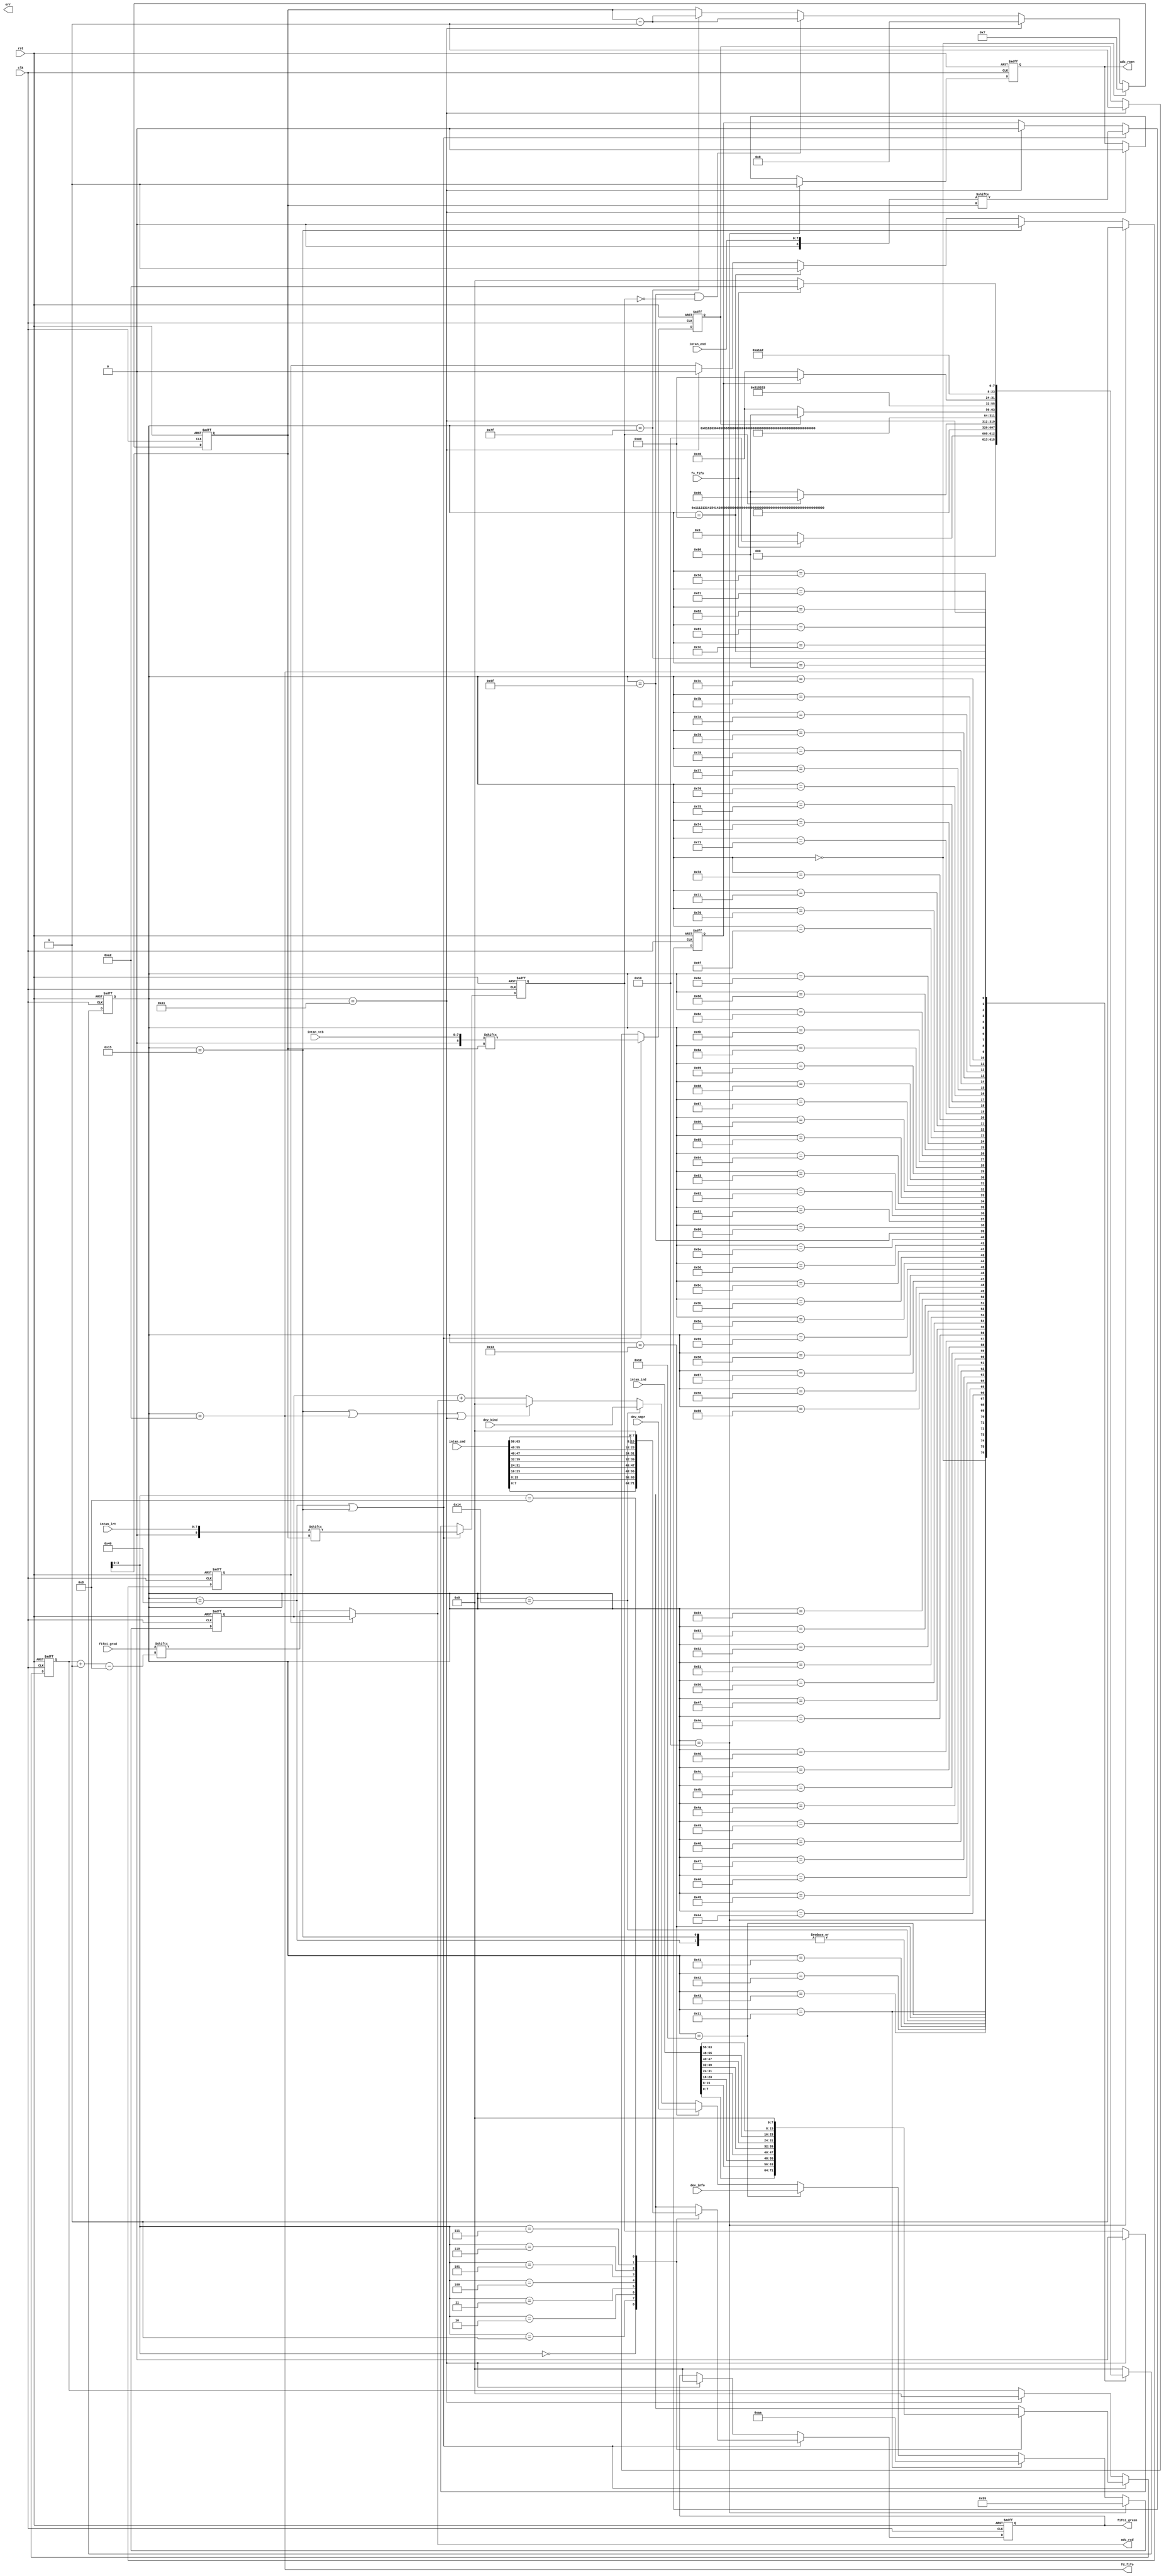
module fifo2adc(
    input clk, // a clock
    input rst,
    output err,

    input fs_fifo,
    output fd_fifo,

    output reg adc_rxen,
    output [7:0] fifoi_grxen,

    input [7:0] dev_kind,
    input [7:0] dev_info,
    input [7:0] dev_smpr,

    input [63:0] fifoi_grxd,
    output [7:0] adc_rxd,

    input [63:0] intan_cmd,
    input [63:0] intan_ind,
    input [7:0] intan_lrt,
    input [7:0] intan_vtb,
    input [7:0] intan_end

);

    localparam IDLE = 8'h00;
    localparam HD00 = 8'h10, HD01 = 8'h11, DIFO = 8'h12;
    localparam DSPR = 8'h13, DTYE = 8'h14, DBGN = 8'h15;
    localparam D00H = 8'h40, D00L = 8'h41, D01H = 8'h42, D01L = 8'h43;
    localparam D02H = 8'h44, D02L = 8'h45, D03H = 8'h46, D03L = 8'h47;
    localparam D04H = 8'h48, D04L = 8'h49, D05H = 8'h4A, D05L = 8'h4B;
    localparam D06H = 8'h4C, D06L = 8'h4D, D07H = 8'h4E, D07L = 8'h4F;
    localparam D08H = 8'h50, D08L = 8'h51, D09H = 8'h52, D09L = 8'h53;
    localparam D10H = 8'h54, D10L = 8'h55, D11H = 8'h56, D11L = 8'h57;
    localparam D12H = 8'h58, D12L = 8'h59, D13H = 8'h5A, D13L = 8'h5B;
    localparam D14H = 8'h5C, D14L = 8'h5D, D15H = 8'h5E, D15L = 8'h5F;
    localparam D16H = 8'h60, D16L = 8'h61, D17H = 8'h62, D17L = 8'h63;
    localparam D18H = 8'h64, D18L = 8'h65, D19H = 8'h66, D19L = 8'h67;
    localparam D20H = 8'h68, D20L = 8'h69, D21H = 8'h6A, D21L = 8'h6B;
    localparam D22H = 8'h6C, D22L = 8'h6D, D23H = 8'h6E, D23L = 8'h6F;
    localparam D24H = 8'h70, D24L = 8'h71, D25H = 8'h72, D25L = 8'h73;
    localparam D26H = 8'h74, D26L = 8'h75, D27H = 8'h76, D27L = 8'h77;
    localparam D28H = 8'h78, D28L = 8'h79, D29H = 8'h7A, D29L = 8'h7B;
    localparam D30H = 8'h7C, D30L = 8'h7D, D31H = 8'h7E, D31L = 8'h7F;
    localparam VDDH = 8'h80, VDDL = 8'h81, TMPH = 8'h82, TMPL = 8'h83;
    localparam PART = 8'hA0, DONE = 8'hA1, LAST = 8'hA2;

    (* MARK_DEBUG="true" *)reg [7:0] state; 
    reg [7:0] next_state;
    wire [7:0] fifoi_gcmd[8:0];
    wire [7:0] fifoi_gind[8:0];
    wire [8:0] fifoi_glrt;
    wire [8:0] fifoi_gvtb;
    wire [8:0] fifoi_gend;

    (* MARK_DEBUG="true" *)reg [7:0] hdat;

    (* MARK_DEBUG="true" *)reg flag_hrd; 
    reg flag_lrt, flag_vtb, flag_end;
    reg [7:0] flag_cmd, flag_ind, flag_num;

    assign fifoi_gcmd[8] = 8'h00;
    assign fifoi_gcmd[7] = intan_cmd[63:56];
    assign fifoi_gcmd[6] = intan_cmd[55:48];
    assign fifoi_gcmd[5] = intan_cmd[47:40];
    assign fifoi_gcmd[4] = intan_cmd[39:32];
    assign fifoi_gcmd[3] = intan_cmd[31:24];
    assign fifoi_gcmd[2] = intan_cmd[23:16];
    assign fifoi_gcmd[1] = intan_cmd[15:8];
    assign fifoi_gcmd[0] = intan_cmd[7:0];

    assign fifoi_gind[8] = 8'h00;
    assign fifoi_gind[7] = intan_ind[63:56];
    assign fifoi_gind[6] = intan_ind[55:48];
    assign fifoi_gind[5] = intan_ind[47:40];
    assign fifoi_gind[4] = intan_ind[39:32];
    assign fifoi_gind[3] = intan_ind[31:24];
    assign fifoi_gind[2] = intan_ind[23:16];
    assign fifoi_gind[1] = intan_ind[15:8];
    assign fifoi_gind[0] = intan_ind[7:0];

    assign fifoi_glrt = intan_lrt;
    assign fifoi_gvtb = intan_vtb;
    assign fifoi_gend = intan_end;
    assign fd_fifo = (state == LAST);
    assign fifoi_grxen = flag_cmd;

    assign adc_rxd = (flag_hrd) ?hdat : fifoi_grxd[flag_ind -: 8];

    always @(posedge clk or posedge rst) begin
        if(rst) state <= IDLE;
        else state <= next_state;
    end

    always @(*) begin
        case(state)
            IDLE: begin
                if(fs_fifo) next_state <= HD00;
                else next_state <= IDLE;
            end
            HD00: next_state <= HD01;
            HD01: next_state <= DIFO;
            DIFO: next_state <= DSPR;
            DSPR: next_state <= DTYE;
            DTYE: next_state <= DBGN;
            DBGN: next_state <= D00L;
            D00H: next_state <= D00L;
            D00L: next_state <= D01H;
            D01H: next_state <= D01L;
            D01L: next_state <= D02H;
            D02H: next_state <= D02L;
            D02L: next_state <= D03H;
            D03H: next_state <= D03L;
            D03L: next_state <= D04H;
            D04H: next_state <= D04L;
            D04L: next_state <= D05H;
            D05H: next_state <= D05L;
            D05L: next_state <= D06H;
            D06H: next_state <= D06L;
            D06L: next_state <= D07H;
            D07H: next_state <= D07L;
            D07L: next_state <= D08H;
            D08H: next_state <= D08L;
            D08L: next_state <= D09H;
            D09H: next_state <= D09L;
            D09L: next_state <= D10H;
            D10H: next_state <= D10L;
            D10L: next_state <= D11H;
            D11H: next_state <= D11L;
            D11L: next_state <= D12H;
            D12H: next_state <= D12L;
            D12L: next_state <= D13H;
            D13H: next_state <= D13L;
            D13L: next_state <= D14H;
            D14H: next_state <= D14L;
            D14L: next_state <= D15H;
            D15H: next_state <= D15L;
            D15L: begin
                if(flag_lrt) next_state <= D16H;
                else next_state <= VDDH;
            end
            D16H: next_state <= D16L;
            D16L: next_state <= D17H;
            D17H: next_state <= D17L;
            D17L: next_state <= D18H;
            D18H: next_state <= D18L;
            D18L: next_state <= D19H;
            D19H: next_state <= D19L;
            D19L: next_state <= D20H;
            D20H: next_state <= D20L;
            D20L: next_state <= D21H;
            D21H: next_state <= D21L;
            D21L: next_state <= D22H;
            D22H: next_state <= D22L;
            D22L: next_state <= D23H;
            D23H: next_state <= D23L;
            D23L: next_state <= D24H;
            D24H: next_state <= D24L;
            D24L: next_state <= D25H;
            D25H: next_state <= D25L;
            D25L: next_state <= D26H;
            D26H: next_state <= D26L;
            D26L: next_state <= D27H;
            D27H: next_state <= D27L;
            D27L: next_state <= D28H;
            D28H: next_state <= D28L;
            D28L: next_state <= D29H;
            D29H: next_state <= D29L;
            D29L: next_state <= D30H;
            D30H: next_state <= D30L;
            D30L: next_state <= D31H;
            D31H: next_state <= D31L;
            D31L: begin
                if(flag_vtb) next_state <= VDDH;
                else next_state <= D00H;
            end
            VDDH: next_state <= VDDL;
            VDDL: next_state <= TMPH;
            TMPH: next_state <= TMPL;
            TMPL: begin
                if(flag_end) next_state <= PART;
                else next_state <= D00H;
            end
            PART: next_state <= DONE;
            DONE: next_state <= LAST;
            LAST: begin
                if(~fs_fifo) next_state <= IDLE;
                else next_state <= LAST;
            end
            default: next_state <= IDLE;
        endcase
    end


    always @(posedge clk or posedge rst) begin // flag_hrd
        if(rst) flag_hrd <= 1'b0;
        else if(state == HD00) flag_hrd <= 1'b1;
        else if(state == DBGN) flag_hrd <= 1'b0;
        else if(state == PART) flag_hrd <= 1'b1;
        else if(state == DONE) flag_hrd <= 1'b0;
        else flag_hrd <= flag_hrd; 
    end

    always @(posedge clk or posedge rst) begin // flag_num
        if(rst) flag_num <= 8'h08;
        else if(state == IDLE) flag_num <= 8'h07;
        else if(state == DONE) flag_num <= 8'h08;
        else if(state == D15L && (~flag_lrt)) flag_num <= flag_num - 1'b1;
        else if(state == D31L) flag_num <= flag_num - 1'b1;
        else flag_num <= flag_num;
    end

    always @(posedge clk or posedge rst) begin // adc_rxen
        if(rst) adc_rxen <= 1'b0;
        else if(state == HD00) adc_rxen <= 1'b1;
        else if(state == DONE) adc_rxen <= 1'b0;
        else adc_rxen <= adc_rxen;
    end

    always @(posedge clk or posedge rst) begin
        if(rst) hdat <= 8'h00;
        else if(state == HD00) hdat <= 8'h55;
        else if(state == HD01) hdat <= 8'hAA;
        else if(state == DIFO) hdat <= dev_info;
        else if(state == DSPR) hdat <= dev_smpr;
        else if(state == DTYE) hdat <= dev_kind;
        else if(state == DBGN || state == LAST || state == DONE) hdat <= 8'h00;
        else hdat <= hdat + adc_rxd;
    end

    always @(posedge clk or posedge rst) begin 
        if(rst) begin
            flag_lrt <= 1'b0;
            flag_vtb <= 1'b1;
            flag_end <= 1'b0;
            flag_ind <= 8'h00;
            flag_cmd <= 8'h00;
        end
        else if(state == D00H || state == DBGN) begin
            flag_lrt <= fifoi_glrt[flag_num];
            flag_vtb <= fifoi_gvtb[flag_num];
            flag_end <= fifoi_gend[flag_num];
            flag_ind <= fifoi_gind[flag_num];
            flag_cmd <= fifoi_gcmd[flag_num];
        end
        else if (state == DONE) begin
            flag_lrt <= 1'b0;
            flag_vtb <= 1'b1;
            flag_end <= 1'b0;
            flag_ind <= 8'h00;
            flag_cmd <= 8'h00;
        end
        else begin
            flag_lrt <= flag_lrt;
            flag_vtb <= flag_vtb;
            flag_end <= flag_end;
            flag_ind <= flag_ind;
            flag_cmd <= flag_cmd;
        end
    end

endmodule